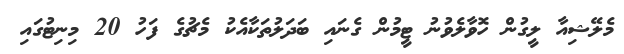
މެލޭޝިއާ ލީގުން ހޮވާލެވުނު ޓީމުން ގެނައި ބަދަލުތަކާއެކު މެޗުގެ ފަހު 20 މިނިޓުގައި